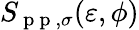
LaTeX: S_{\mathrm{~p~p~},\sigma}(\varepsilon,\phi)